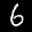
Label: 6